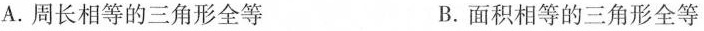
A.周长相等的三角形全等 B.面积相等的三角形全等